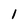
Character: 1